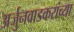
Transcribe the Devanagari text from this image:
अर्जुनवाडकरांच्या